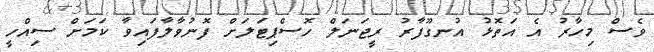
ވެސް މިހާރު އެ އަތޮޅު އުނގޫފާރު ރީޖަނަލް ހޮސްޕިޓަލަށް ފޮނުވާލާފައިވާ ކަމަށް ސިއްހީ